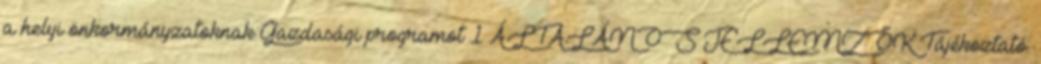
a helyi önkormányzatoknak Gazdasági programot 1 ÁLTALÁNOS JELLEMZŐK Tájékoztató.